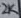
Text: 2K